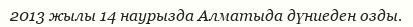
2013 жылы 14 наурызда Алматыда дүниеден озды.